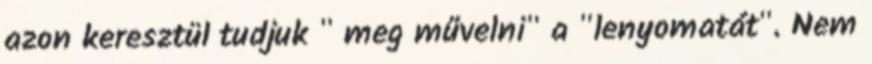
azon keresztül tudjuk " meg művelni" a "lenyomatát". Nem